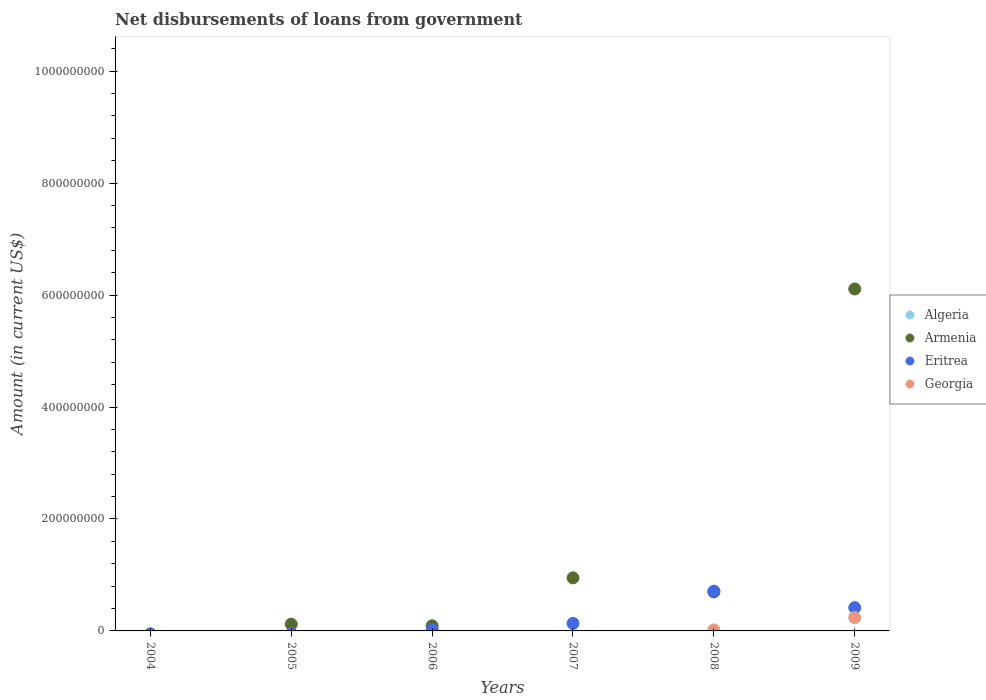
| Years | Algeria | Armenia | Eritrea | Georgia |
 | --- | --- | --- | --- | --- |
 | 2004 | -1.02e+09 | -2.21e+07 | -5.11e+06 | -8.38e+07 |
 | 2005 | -1.74e+09 | 1.2e+07 | -4.64e+06 | -5.41e+07 |
 | 2006 | -8.41e+09 | 9.1e+06 | 2.37e+06 | -8.69e+07 |
 | 2007 | -5.74e+07 | 9.48e+07 | 1.34e+07 | -5.26e+07 |
 | 2008 | -5.09e+07 | 6.97e+07 | 7.1e+07 | 1.75e+06 |
 | 2009 | -6.78e+07 | 6.11e+08 | 4.16e+07 | 2.37e+07 |